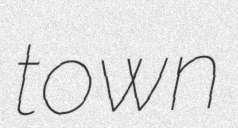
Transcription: town